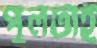
পুলটাই